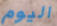
اليوم